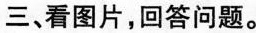
三、看图片，回答问题。